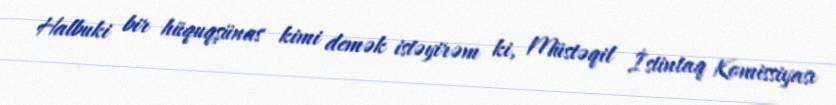
Halbuki bir hüquqşünas kimi demək istəyirəm ki, Müstəqil İstintaq Komissiyası